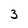
Character: 3